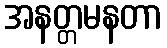
အနတ္တမနတာ